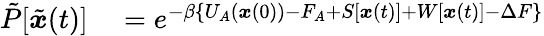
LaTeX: \begin{array}{rl}{\tilde{P}[\tilde{{\boldsymbol{x}}}(t)]}&{{}=e^{-\beta\{ U_{A}({\boldsymbol{x}}(0))-F_{A}+S[{\boldsymbol{x}}(t)]+W[{\boldsymbol{x}}(t)]-\Delta F\} }}\end{array}